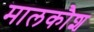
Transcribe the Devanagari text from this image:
मालकौश